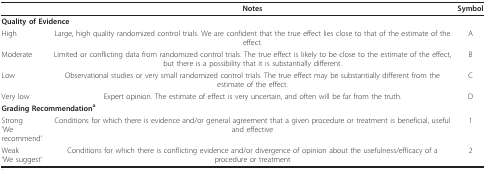
<table><thead><tr><td></td><td><b>Notes</b></td><td><b>Symbol</b></td></tr></thead><tbody><tr><td colspan="2"><b>Quality of Evidence</b></td><td></td></tr><tr><td>High</td><td>Large, high quality randomized control trials. We are confident that the true effect lies close to that of the estimate of the effect.</td><td>A</td></tr><tr><td>Moderate</td><td>Limited or conflicting data from randomized control trials. The true effect is likely to be close to the estimate of the effect, but there is a possibility that it is substantially different.</td><td>B</td></tr><tr><td>Low</td><td>Observational studies or very small randomized control trials. The true effect may be substantially different from the estimate of the effect.</td><td>C</td></tr><tr><td>Very low</td><td>Expert opinion. The estimate of effect is very uncertain, and often will be far from the truth.</td><td>D</td></tr><tr><td colspan="2"><b>Grading Recommendation<sup>a</sup></b></td><td></td></tr><tr><td>Strong&#x27;We recommend&#x27;</td><td>Conditions for which there is evidence and/or general agreement that a given procedure or treatment is beneficial, useful and effective</td><td>1</td></tr><tr><td>Weak&#x27;We suggest&#x27;</td><td>Conditions for which there is conflicting evidence and/or divergence of opinion about the usefulness/efficacy of a procedure or treatment</td><td>2</td></tr></tbody></table>